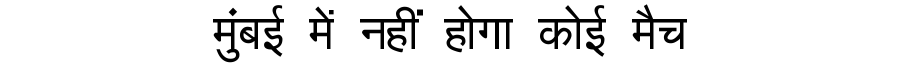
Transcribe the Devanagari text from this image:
मुंबई में नहीं होगा कोई मैच